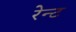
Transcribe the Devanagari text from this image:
रेन्ट